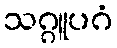
သဂ္ဂူပဂံ